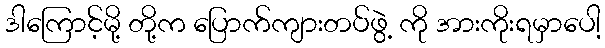
ဒါကြောင့်မို့ တို့က ပြောက်ကျားတပ်ဖွဲ့ ကို အားကိုးရမှာပေါ့